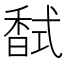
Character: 𮩧